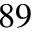
^ { 8 9 }